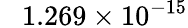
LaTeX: \phantom{+}1.269\times 10^{-15}